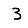
Digit: 3